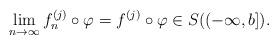
LaTeX: \begin{align*}\lim_{n\to \infty} f_{n}^{(j)}\circ \varphi = f^{(j)}\circ\varphi\in S((-\infty,b]).\end{align*}